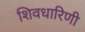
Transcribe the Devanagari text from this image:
शिवधारिणी